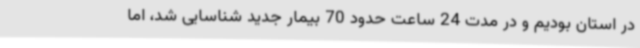
در استان بودیم و در مدت 24 ساعت حدود 70 بیمار جدید شناسایی شد، اما